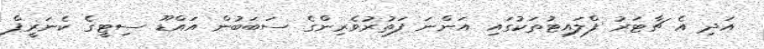
އަދި އެ ޗާޓަރު ފްލައިޓުތަކުގައި އަންނަ ފަތުރުވެރިންގެ ސަބަބުން އައްޑޫ ސިޓީގެ ކެނަރީފް